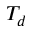
T _ { d }